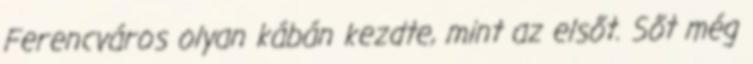
Ferencváros olyan kábán kezdte, mint az elsőt. Sőt még